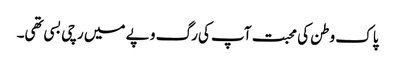
پاک وطن کی محبت آپ کی رگ و پے میں رچی بسی تھی۔